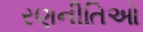
રણનીતિઓ